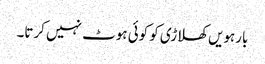
بارہویں کھلاڑی کو کوئی ہوٹ نہیں کرتا۔